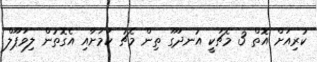
ކުރިއަށް އޮތް 3 މެޗަކީ އުނދަގޫ ތިން މެޗު ކަމަށާއި އެގޮތުން ލިވަޕޫލް